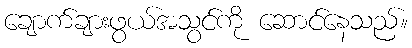
ချောက်ချားဖွယ်အသွင်ကို ဆောင်နေသည်။